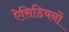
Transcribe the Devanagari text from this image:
ऐसिडियनों